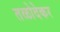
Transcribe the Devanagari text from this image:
तळोदेकर